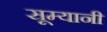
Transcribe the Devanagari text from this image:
सूम्‍यानी